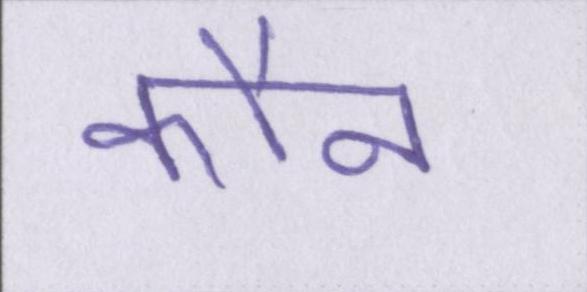
कौन